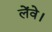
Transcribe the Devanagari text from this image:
लेंवे।